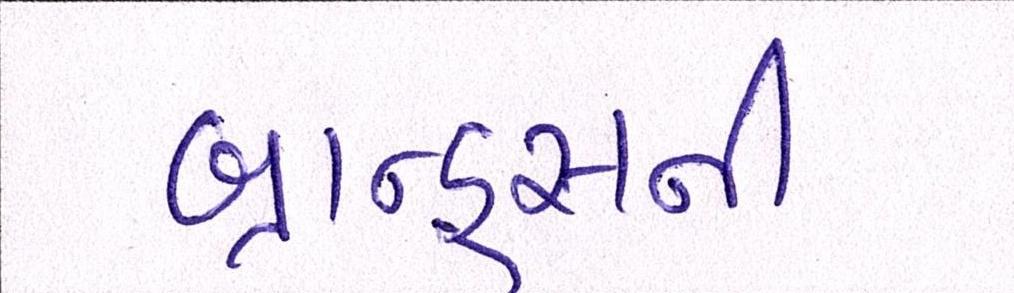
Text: બ્રાન્ડ્સની